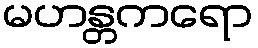
မဟန္တကရော